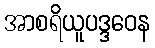
အာစရိယူပဒ္ဒဝေန